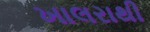
ખાલરાથી